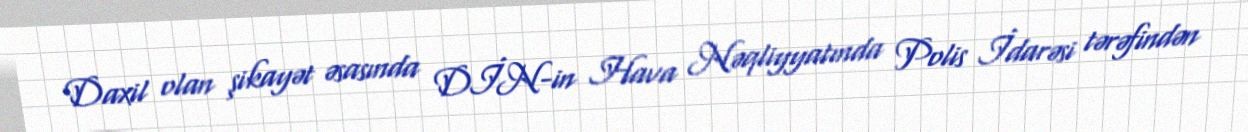
Daxil olan şikayət əsasında DİN-in Hava Nəqliyyatında Polis İdarəsi tərəfindən